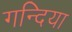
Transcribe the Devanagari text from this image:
गन्दिया